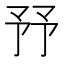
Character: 㐨